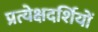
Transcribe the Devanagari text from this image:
प्रत्येक्षदर्शियों